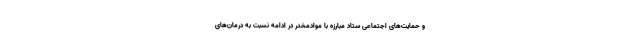
و حمایت‌های اجتماعی ستاد مبارزه با موادمخدر در ادامه نسبت به درمان‌های